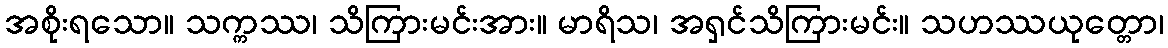
အစိုးရသော။ သက္ကဿ၊ သိကြားမင်းအား။ မာရိသ၊ အရှင်သိကြားမင်း။ သဟဿယုတ္တော၊